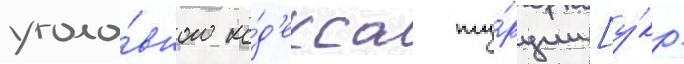
уголо́вного ко́д'екса ту́рции [у́кр.